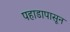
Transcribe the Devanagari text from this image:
पहाडापासून